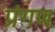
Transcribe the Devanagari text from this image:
प्रंगण